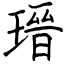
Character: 瑨